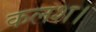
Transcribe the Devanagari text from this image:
कलश।